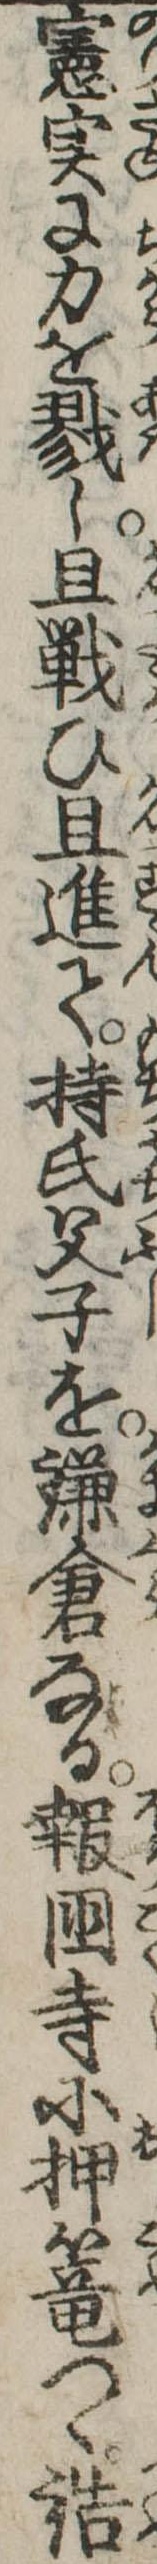
憲実に力を戮し且戦ひ且進て持氏父子を鎌倉なる報国寺に押篭つゝ詰